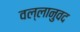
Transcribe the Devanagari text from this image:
वल्लानुवद